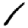
Digit: 1